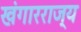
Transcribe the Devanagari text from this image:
खंगारराज्य